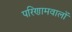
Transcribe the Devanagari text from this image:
परिणामवालों